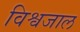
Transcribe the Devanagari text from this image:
विश्वजाल